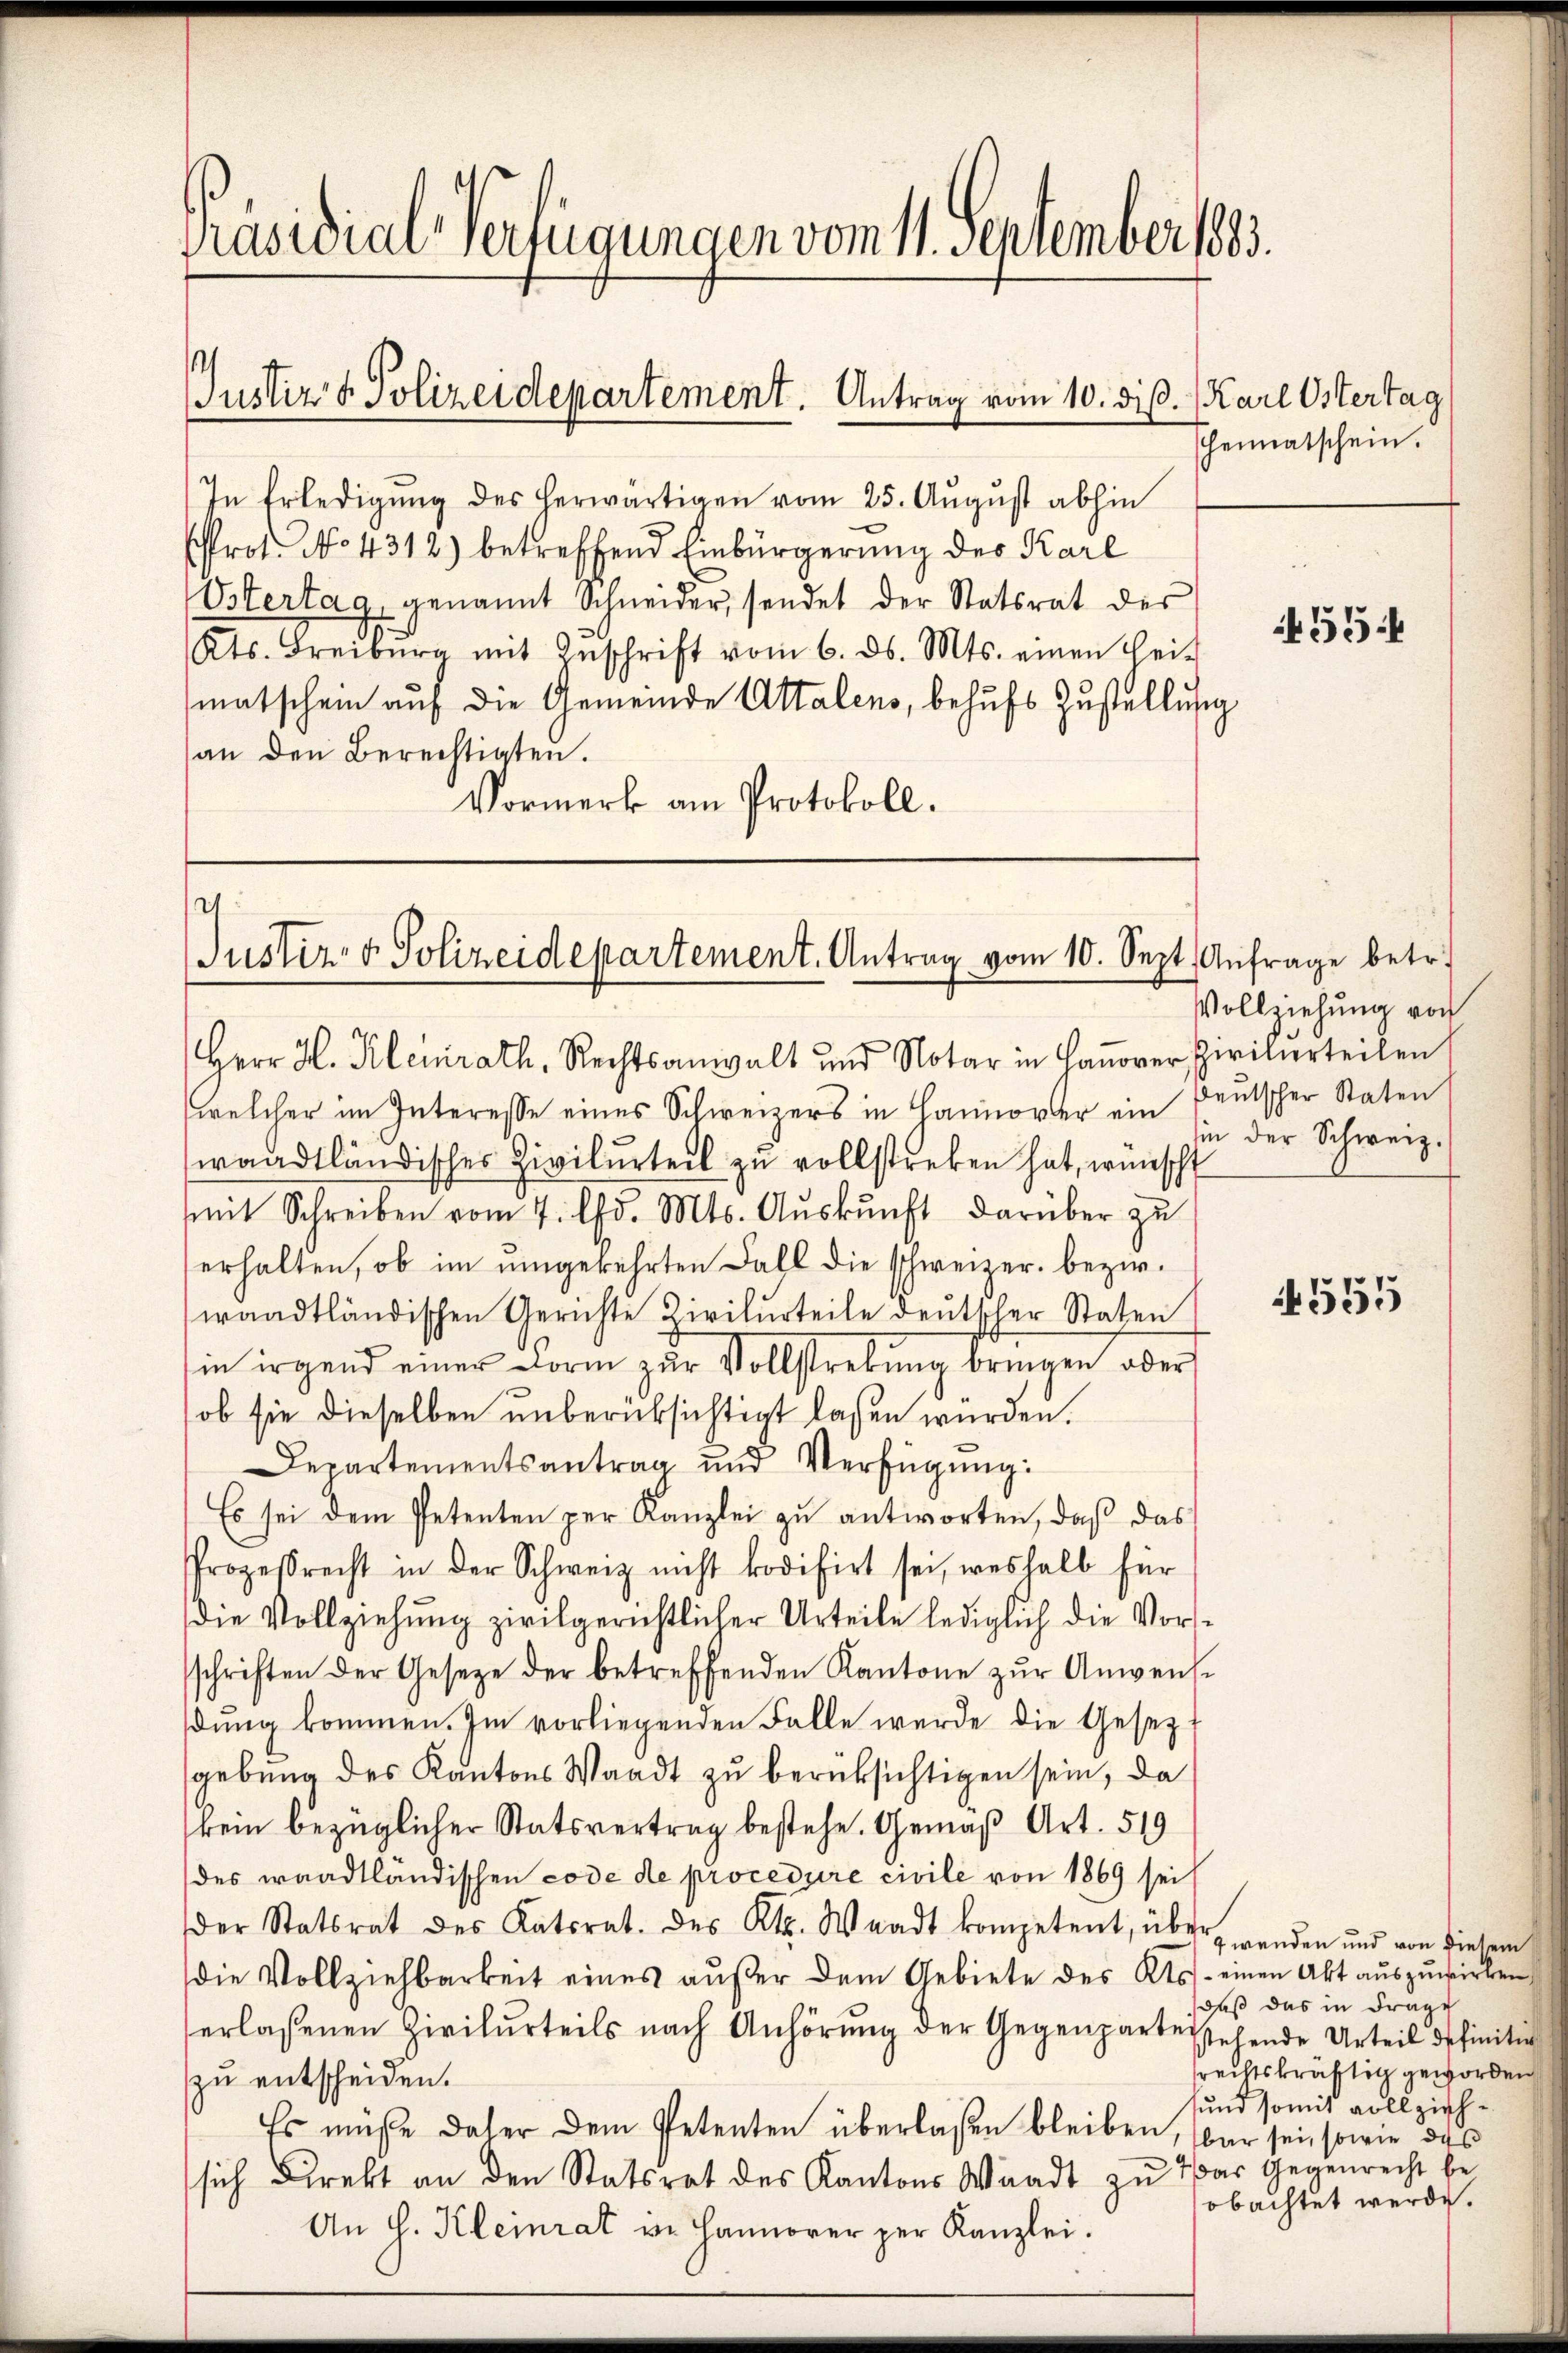
Präsidial-Verfügungen vom 11. Sentember 1835.

Justiz & Polizeidepartement. Antrag vom 10. diß. (Karl Ostertag

In Erledigung des herwärtigen vom 25. August abhin
Prot. No 4312) betreffend Einbürgerung des Karl
Ostertag, genannt Schneider, sendet der Statsrat des
Kts. Freiburg mit Inschrift vom 6. d. Mts. einen Hei-
matschein auf die Gemeinde Attalens, behufs Zustellung
an den Berechtigten.
Vormerk am Protokoll.

.
Justiz- & Polizeidepartement. Antrag vom 10. Sept. Anfrage betr.

heimatschein.

Herr H. Kleinrath, Rechtsanwalt und Notar in Hanover Zivilurteilen
welcher im Interesse eines Schweizers in Hannover ein
waadtländisches Zivilurteil zu vollstreken hat, wünscht
mit Schreiben vom 7. d. Mts. Aŭskŭnft darüber zu
erhalten, ob im umgekehrten Fall die schweizer. bezw.
waadtländischen Gerichte Civilurteile deutscher Staten
in irgend einer Form zur Vollstrebung bringen oder
ob sie dieselben unberüksichtigt lassen würden.
Departementsantrag und Verfügŭng:
Es sei dem Petenten per Kanzlei zu antworten, daß das
Prozesrecht in der Schweiz nicht kodifirt sei, weshalb für
die Vollziehŭng zivilgerichtlicher Urteile lediglich die Vorsschriften der Gesetze der betreffenden Kantone zŭr Anwen-
dŭng kommen. Im vorliegenden Falle wurde die Gesetzt
gebung des Kantons Waadt zu berüksichtigen sein, da
kein bezüglicher Statsvertrag bestehe. Gemäß Art. 519
des waadtländischen code de procedure civile von 1869 sei
der Statsrat des Katsrat. des Kts. Waadt kompetent, über
die Vollziehbarkeit eines aŭβer dem Gebiete des Kts. einen Akt aŭszŭwirken
erlassenen Zivilurteils nach Anhörŭng der Gegenpartes sehende Urteil definiti
zu entscheiden.
Es müße daher dem Petenten überlaßen bleiben, sbar sei, sowie das
sich Direkt an den Statsrat des Kantons Waadt zu das Gegenrecht be-
An h. Kleinrat v. Hannover per Kanzlei.

455.

Vollziehung von
deutscher Staten
hin der Schweiz.

555

9 wenden und von diesem
daß das in Frage
rechtskräftig geworden
sund somit vollziehobachtet werde.